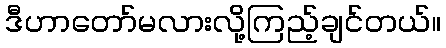
ဒီဟာတော်မလားလို့ကြည့်ချင်တယ်။